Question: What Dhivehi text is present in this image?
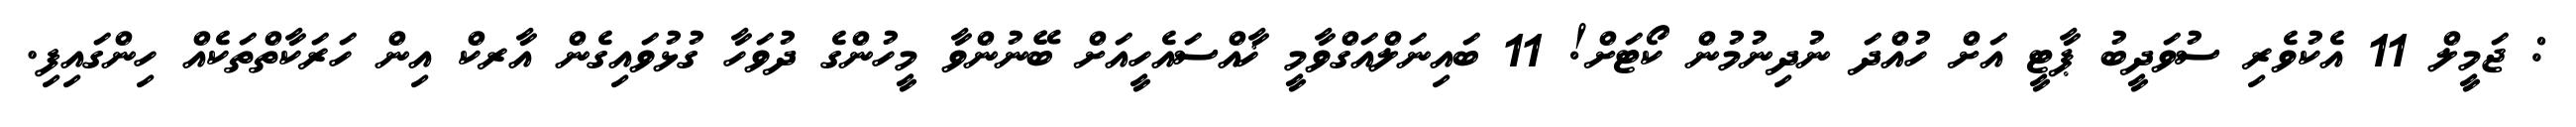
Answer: : ޖަމީލް 11 އެކުވެރި ސުވަދީބު ޕާޓީ އަށް ހުއްދަ ނުދިނުމުން ކޯޓަށް! 11 ބައިނަލްއަގްވާމީ ޚާއްސައެހީއަށް ބޭނުންވާ މީހުންގެ ދުވަހާ ގުޅުވައިގެން އާރކް އިން ހަރަކާތްތަކެއް ހިންގައިފި.